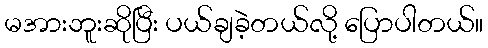
မအားဘူးဆိုပြီး ပယ်ချခဲ့တယ်လို့ ပြောပါတယ်။